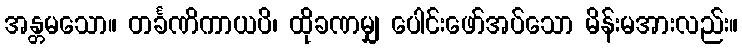
အန္တမသော။ တင်္ခဏိကာယပိ၊ ထိုခဏမျှ ပေါင်းဖော်အပ်သော မိန်းမအားလည်း။